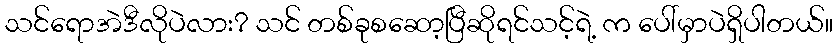
သင်ရောအဲဒီလိုပဲလား? သင် တစ်ခုစဆော့ပြီဆိုရင်သင့်ရဲ့ က ပေါ်မှာပဲရှိပါတယ်။